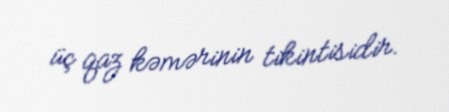
üç qaz kəmərinin tikintisidir.